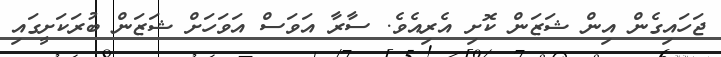
ޖަހައިގެން އިން ޝަޒަން ކޮށި އެރިއެވެ. ސާރާ އަވަސް އަވަހަށް ޝަޒަން ބުރަކަށީގައި